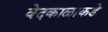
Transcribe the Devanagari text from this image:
वेदकाळाकडे